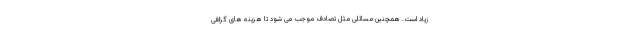
زیاد است. همچنین مسائلی مثل تصادف موجب می شود تا هزینه های گزافی